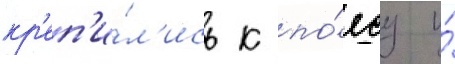
кр'еп'и́л'ись к по́ясу и́